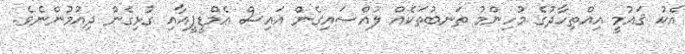
އެކު ޤައުމީ އިއްތިހާދުގެ މުހިންމު ތަނބުތަކެއް ލުއްސައިގެން އައިސް އެމްޑީޕީއާއި ގުޅިގެން ދިއުމުންނެވެ.